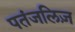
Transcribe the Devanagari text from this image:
पतंजलिज़